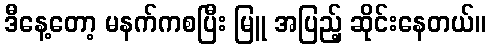
ဒီနေ့တော့ မနက်ကစပြီး မြူ အပြည့် ဆိုင်းနေတယ်။